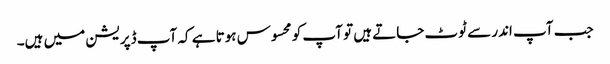
جب آپ اندر سے ٹوٹ جاتے ہیں تو آپ کو محسوس ہوتا ہے کہ آپ ڈپریشن میں ہیں۔